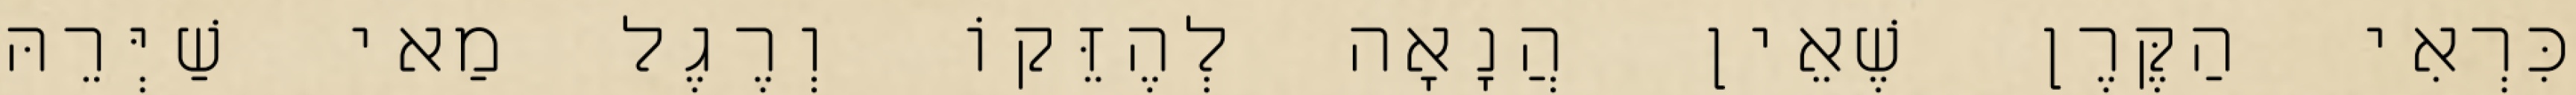
כִּרְאִי הַקֶּרֶן שֶׁאֵין הֲנָאָה לְהֶזֵּקוֹ וְרֶגֶל מַאי שַׁיְּרֵהּ